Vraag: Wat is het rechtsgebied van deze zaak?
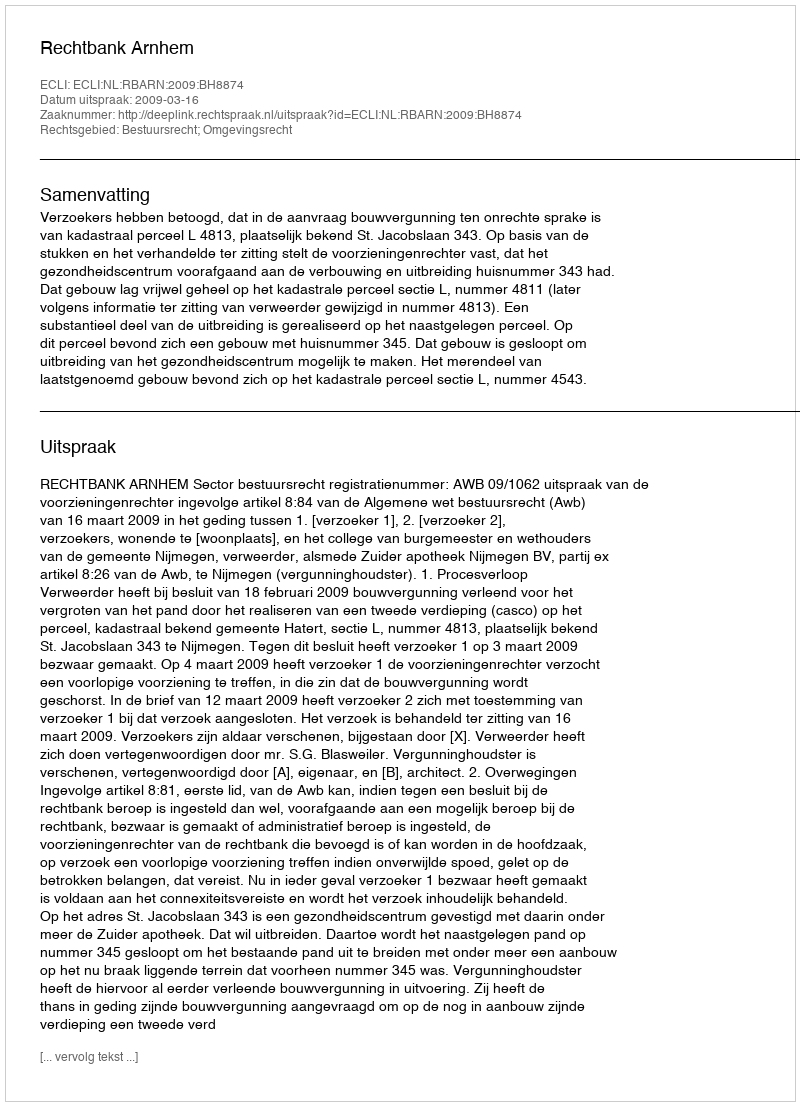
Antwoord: Bestuursrecht; Omgevingsrecht